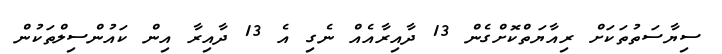
ސިޔާސަތުތަކަށް ރިއާޔަތްކޮށްގެން 13 ދާއިރާއެއް ނެގި އެ 13 ދާއިރާ އިން ކައުންސިލްތަކުން